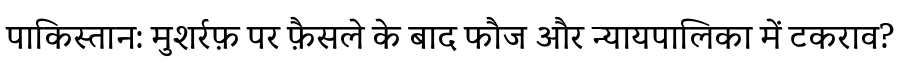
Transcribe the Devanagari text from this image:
पाकिस्तान: मुशर्रफ़ पर फ़ैसले के बाद फौज और न्यायपालिका में टकराव?